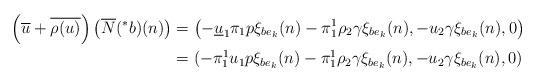
LaTeX: \begin{align*}\left(\overline{u}+\overline{\rho(u)}\right)\left(\overline{N}(^{\ast}b)(n)\right)&=\left(-\underline{u}_{1}\pi_{1}p\xi_{be_{k}}(n)-\pi_{1}^{1}\rho_{2}\gamma \xi_{be_{k}}(n),-u_{2}\gamma \xi_{be_{k}}(n),0\right) \\&=(-\pi_{1}^{1}u_{1}p\xi_{be_{k}}(n)-\pi_{1}^{1}\rho_{2}\gamma \xi_{be_{k}}(n), -u_{2}\gamma \xi_{be_{k}}(n),0) \\\end{align*}